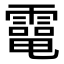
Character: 𩅐